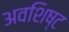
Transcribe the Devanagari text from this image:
अवशिष्‍ट